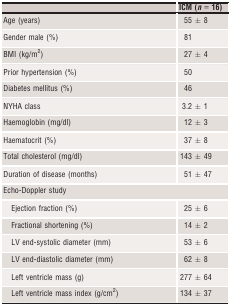
|  | ICM (n = 16) |
 | --- | --- |
 | Age (years) | 55 ± 8 |
 | Gender male (%) | 81 |
 | BMI (kg/m2) | 27 ± 4 |
 | Prior hypertension (%) | 50 |
 | Diabetes mellitus (%) | 46 |
 | NYHA class | 3.2 ± 1 |
 | Haemoglobin (mg/dl) | 12 ± 3 |
 | Haematocrit (%) | 37 ± 8 |
 | Total cholesterol (mg/dl) | 143 ± 49 |
 | Duration of disease (months) | 51 ± 47 |
 | <COLSPAN=2> Echo-Doppler study |
 | Ejection fraction (%) | 25 ± 6 |
 | Fractional shortening (%) | 14 ± 2 |
 | LV end-systolic diameter (mm) | 53 ± 6 |
 | LV end-diastolic diameter (mm) | 62 ± 8 |
 | Left ventricle mass (g) | 277 ± 64 |
 | Left ventricle mass index (g/cm2) | 134 ± 37 |